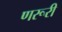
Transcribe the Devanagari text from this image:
णरूरी